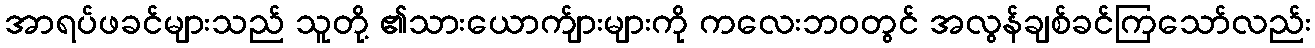
အာရပ်ဖခင်များသည် သူတို့ ၏သားယောက်ျားများကို ကလေးဘဝတွင် အလွန်ချစ်ခင်ကြသော်လည်း